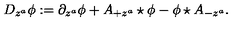
D _ { z ^ { a } } \phi : = \partial _ { z ^ { a } } \phi + A _ { + z ^ { a } } \star \phi - \phi \star A _ { - z ^ { a } } .